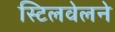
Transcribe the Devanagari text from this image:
स्टिलवेलने